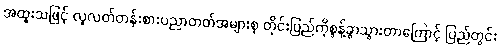
အထူးသဖြင့် လူလတ်တန်းစားပညာတတ်အများစု တိုင်းပြည်ကိုစွန့်ခွာသွားတာကြောင့် ပြည်တွင်း